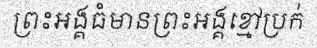
ព្រះអង្គធំមានព្រះអង្គខ្មៅប្រក់